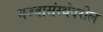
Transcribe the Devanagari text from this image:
मज्जासंस्थेवरील